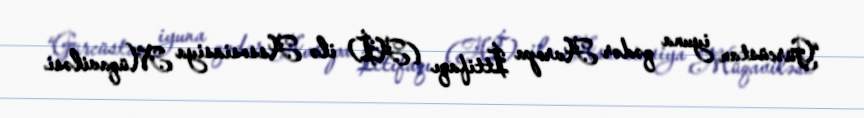
“Gürcüstan iyuna qədər Avropa İttifaqı (Aİ) ilə Assosiasiya Müqaviləsi